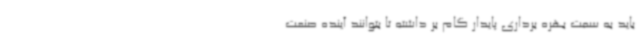
باید به سمت بهره برداری پایدار گام بر داشته تا بتوانند آینده صنعت